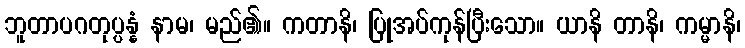
ဘူတာပဂတုပ္ပန္နံ နာမ၊ မည်၏။ ကတာနိ၊ ပြုအပ်ကုန်ပြီးသော။ ယာနိ တာနိ၊ ကမ္မာနိ၊